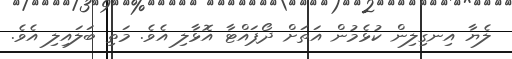
ލެޔާ އިނގިލިން ކުޅެމުން އަތަށް ދޯޕައްޓާ އޮޅާލި އެވެ. މަތި ބަލައިލި އެވެ.